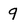
Character: q